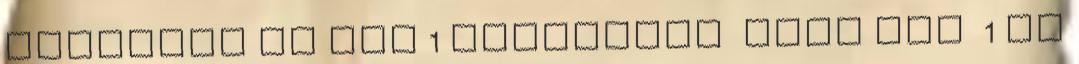
Hűségdal Jó Vel 1 Primerose csak úgy 1 Pu